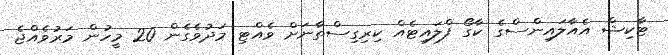
ޓާކިޝް އެއާލައިންސްގެ ކާގޯ ފްލައިޓެއް ކިރިގިސްތާނަށް ވެއްޓި މަދުވެގެން 20 މީހުން މަރުވެއްޖެ